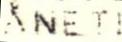
ÅNET!